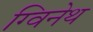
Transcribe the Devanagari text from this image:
ग्विनेथ